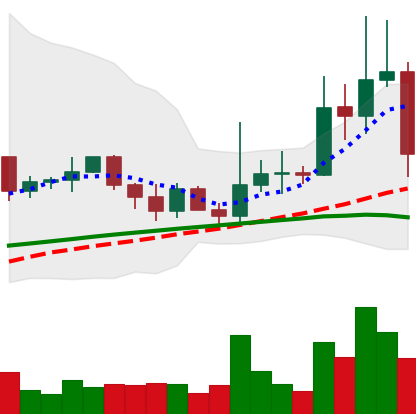
Ticker: XRP-USD
Chart end date: 2021-03-24
Forward return: 16.168%
Label: up_7plus